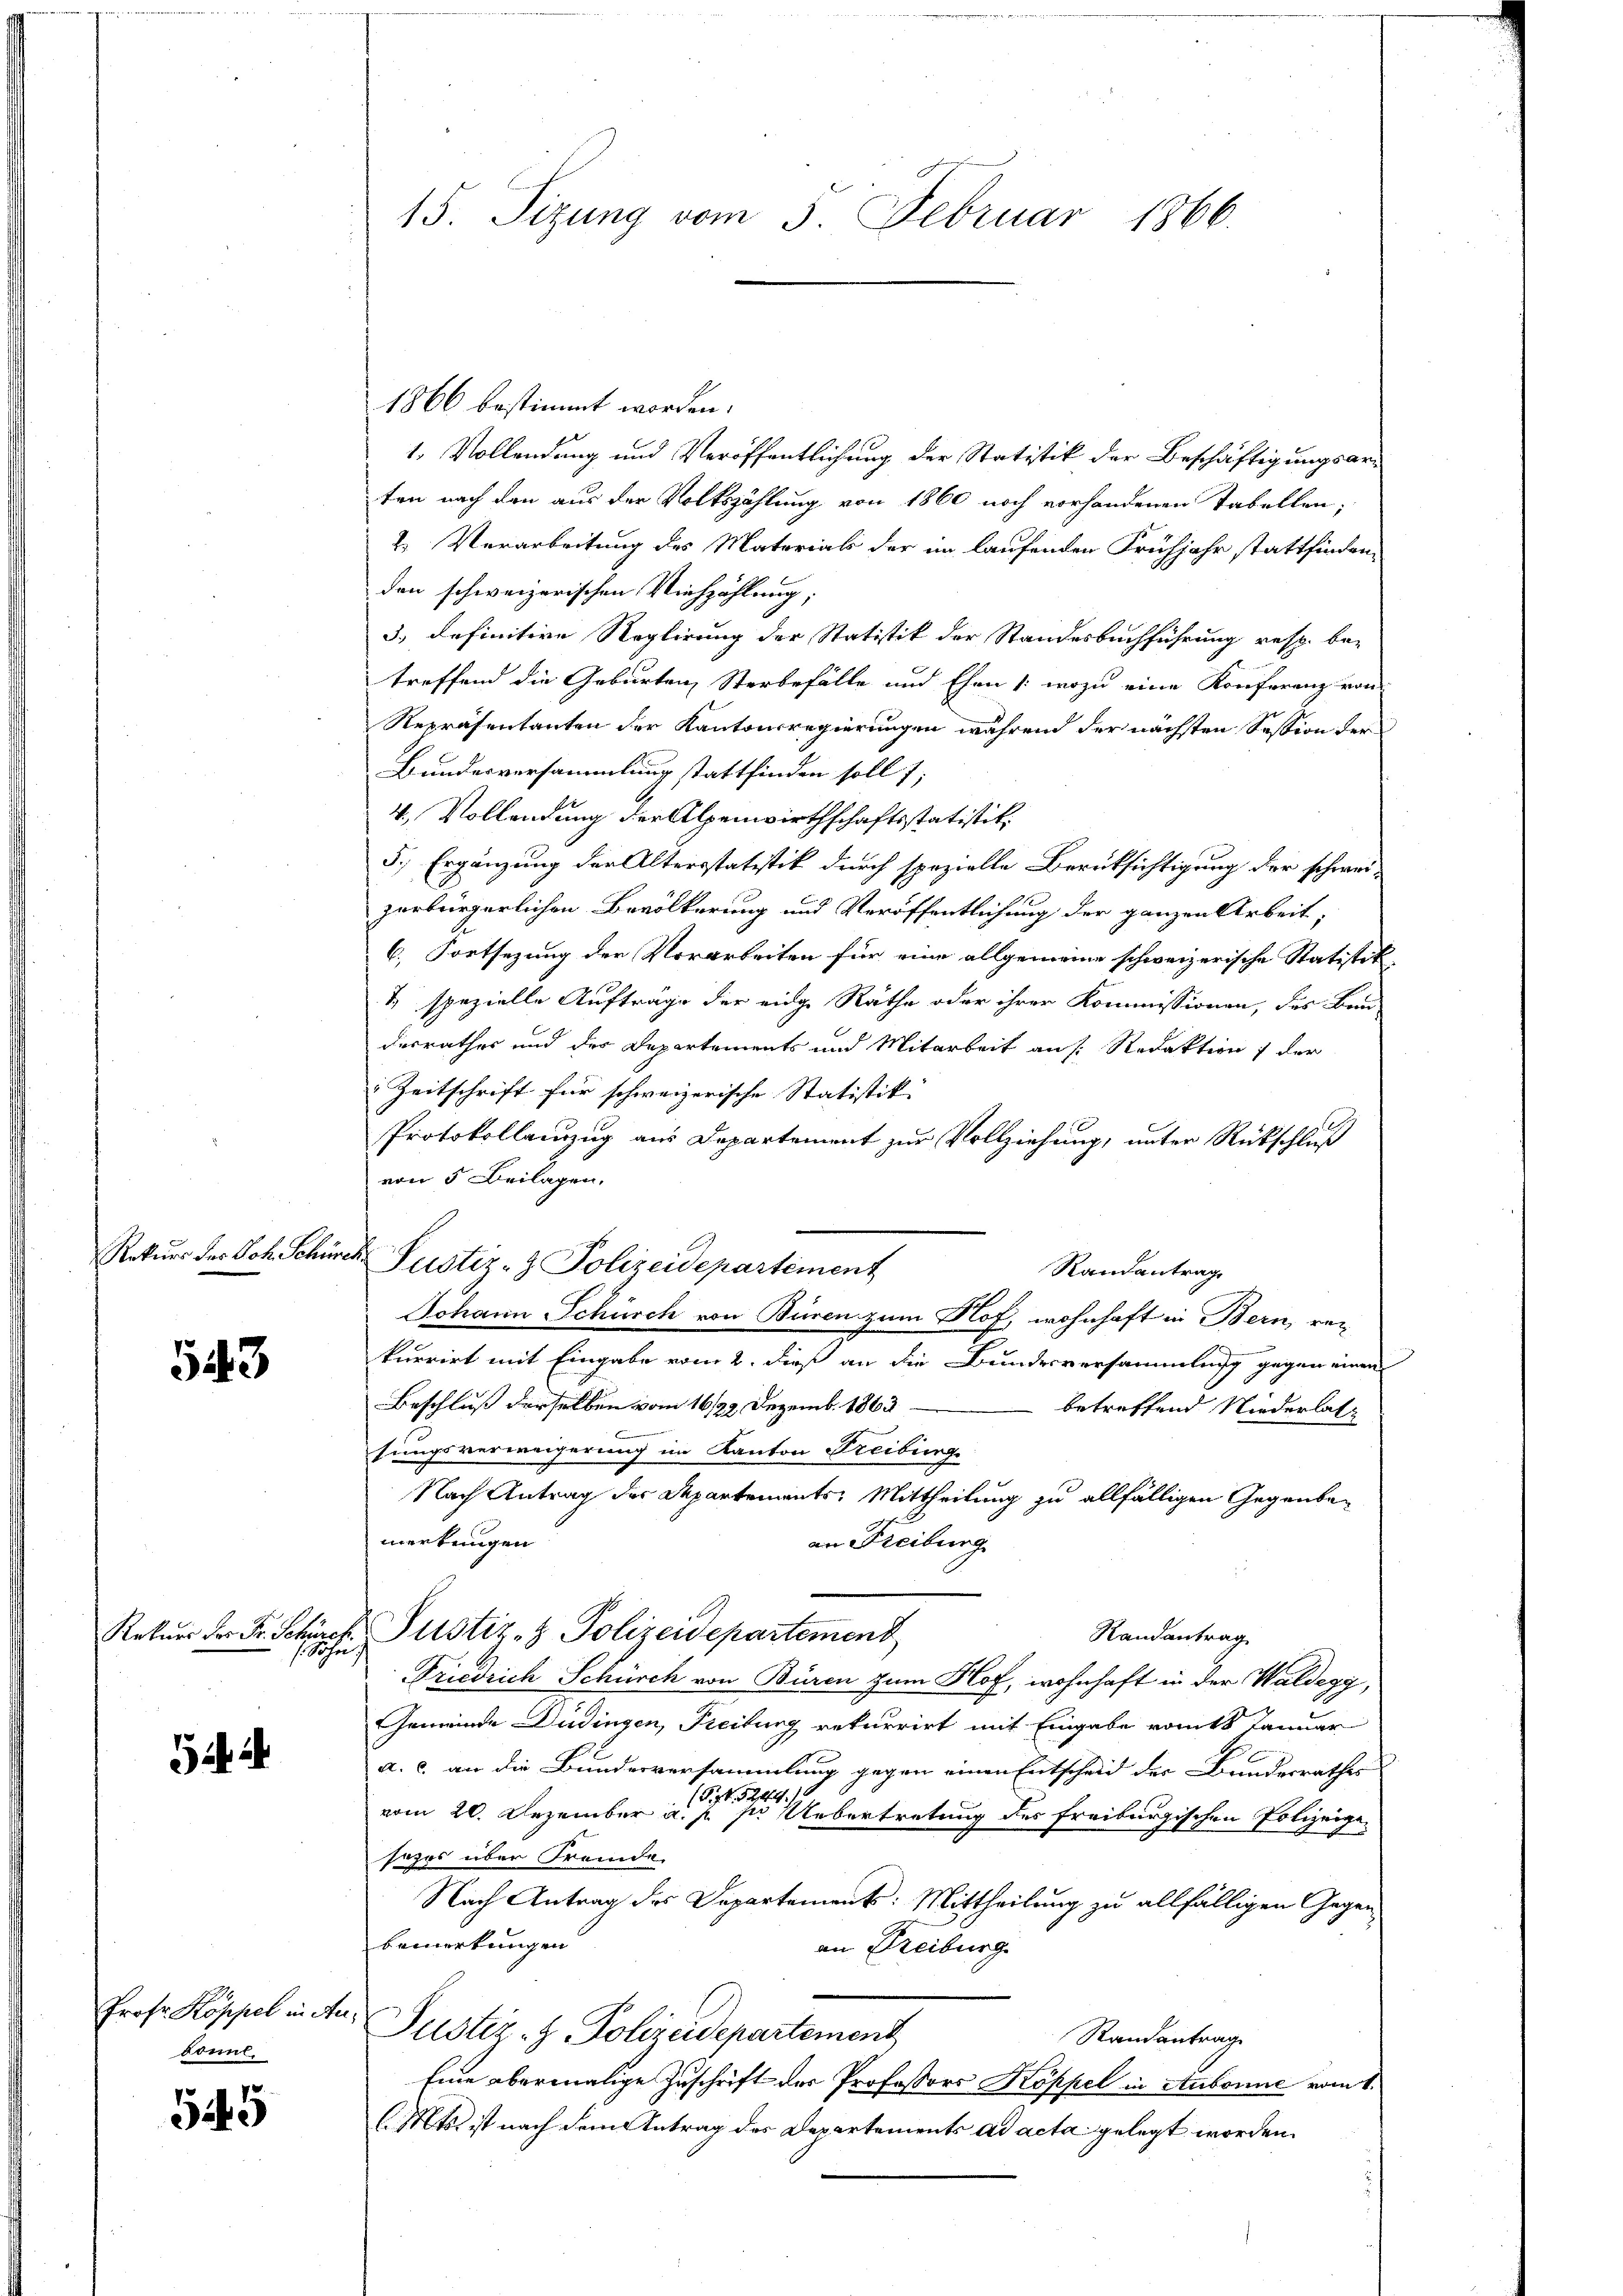
Rekurs der Joh. Schürch

543

Rekurs vor Dr. Schürer
/. Joha

i

Prof. Koppel in An
Sonnt.

545

15. Sizung vom 5. Februar 1866.

1866 bestimmt worden.
1. Vollendung und Veröffentlichung der Statistik der Beschäftigungsarten nach den aus der Volkszählung von 1860 noch vorhandenen Tabellen;
2. Verarbeitung des Materials der im laufenden Frühjahr stattfinden
den schweizerischen Viehzählung;
3.) definitive Reglirung der Statistik der Standesbuchführung resp. be-
treffend die Geburten, Sterbefälle und Ehen (wozu eine Konferenz von
Repräsentanten der Kantonsregierungen während der nächsten Session der
Bundesversammlung stattfinden soll;
4. Vollendung der Alpenwirthschaftsstatistik.
5., Ergänzung der Altersstatistik durch spezielle Berücksichtigung der schweizerbürgerlichen Bevölkerung und Veröffentlichung der ganzen Arbeit,
6. Fortsezung der Vorarbeiten für eine allgemeine schweizerische Statistik
1) spezielle Aufträge der eidge Räthe oder ihrer Kommissionen, das Ban
derrathes und der Departements und Mitarbeit an : Redaktion 7 der
Zeitschrift für schweizerische Statistik |
Protokollenzug aus Departement zur Vollziehung, unter Rückschluß
von 5 Beilagen.
Justiz- & Polizeidepartement
Randantrag
Johann Schüsch von Buren zum Nof, wohnhaft in Bern, rei
kurrirt mit Eingabe vom 2. dieß an die Bundesversammlung gegen einen
Beschluß derselben vom 16/22. Dezemb. 1863
betreffend Niederlas
sungsverweigerung im Kanton Treiburge
Nach Antrag der Departements: Mittheilung zu allfälligen Gegenbemerkungen
an Freiburg
Justiz- & Polizeidepartement
Randantrag
Friedrich Schürch von Büren zum Hof, wohnhaft in der Waldegy,
Gemeinde Düdingen, Freiburg rekurrirt mit Eingabe ratt Januar
a. c. an die Bundesversammlung gegen einen Entscheid der Bundesrathes
(Spt. 5244. 10
vom 20. Dezember a. p. per Uebertretung des Freiburgischen Polizeigesezes über Fremde.
Nach Antrag des Departement: Mittheilung zu allfälligen Gegen
Bemerkungen
an Freiburg
Justiz- & Polizeidepartement
Randantrag
Eine abermalige Zuschrift des Professors Koppel in Aubonne vom 1.
(Mts. ist nach dem Antrag des Departements ad acta gelegt worden.